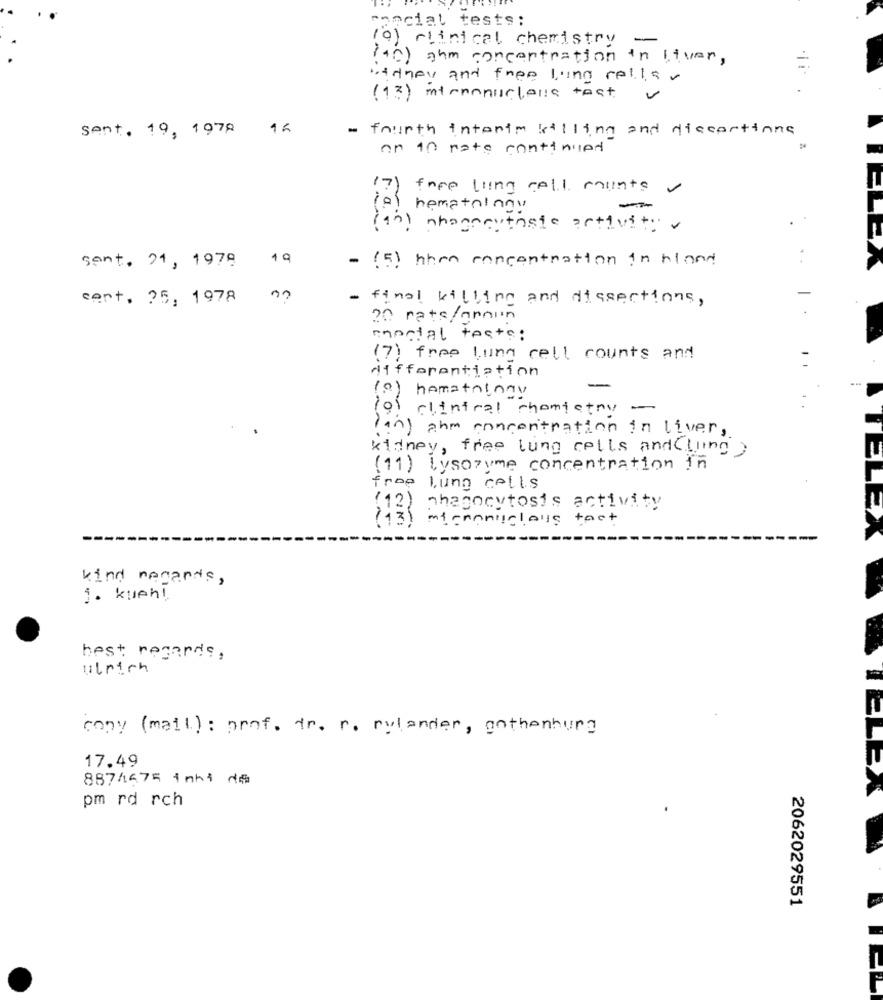
conciat tests;
(o) clinical chemistry
-
(40) ahm concentration in liver.
Kidney and free land celler
(13) intononucleus test
Sent. 19, 1978 16
- fourth intente killing and discorttane
an 10 rate continued
17)
fore lling cell mounts
(a) hematoinny
-
(in) chancertaste activites
sent. 21, 1979 19
- (5) When concentration in bland
+ -
cent, 25, 1978 ??
- final killing and dissections,
20 rats/groun
mental teste :
(7) free lung cell counts and
differentiation
(0) hematology
io clinical chemistry -
(an) ahm concentration in liver,
kidney, free lung cells and Lung )
(11) Lysozyme concentration in
free lung cells
(42)
phagocytosis activity
1131
intemaniclays tact
kind regards,
1. kueh!
best regards,
Ulrich
cony (mail) : prof. dr. r. rylander, gothenburg
17.49
LE
8874475 1akt de
pm rd rch
2062029551